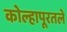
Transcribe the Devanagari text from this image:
कोल्हापूरतले